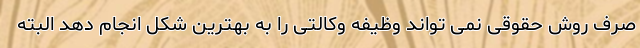
صرف روش حقوقی نمی تواند وظیفه وکالتی را به بهترین شکل انجام دهد البته